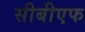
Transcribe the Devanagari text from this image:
सीबीएफ